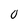
Character: 0